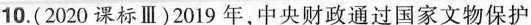
10. (2020课标Ⅲ)2019年，中央财政通过国家文物保护